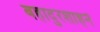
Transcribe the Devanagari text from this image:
बहादुरशाहने